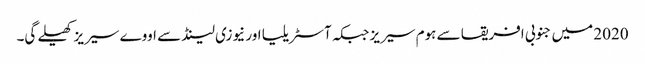
2020 میں جنوبی افریقا سے ہوم سیریز جبکہ آسٹریلیا اور نیوزی لینڈ سے اووے سیریز کھیلے گی۔